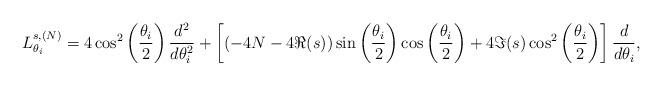
LaTeX: \begin{align*}L^{s,(N)}_{\theta_i}=4\cos^2\left(\frac{\theta_i}{2}\right)\frac{d^2}{d\theta_i^2}+\left[\left(-4N-4\Re(s)\right)\sin\left(\frac{\theta_i}{2}\right)\cos\left(\frac{\theta_i}{2}\right)+4\Im(s)\cos^2\left(\frac{\theta_i}{2}\right)\right]\frac{d}{d\theta_i},\end{align*}